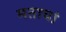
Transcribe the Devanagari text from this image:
मताचां